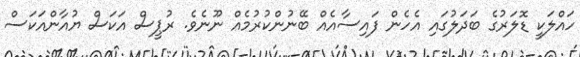
ހައްލަކީ ޑޮލަރުގެ ބަދަލުގައި އެހެން ފައިސާއެއް ބޭނުންކުރުމެއް ނޫނެވެ. ރުޕީސް އަކަސް ޔުއާންއަކަސް